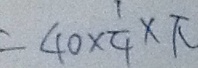
= 4 0 \times \frac { 1 } { 4 } \times \pi